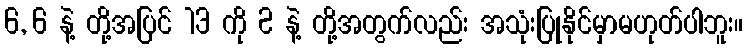
6, 6 နဲ့ တို့အပြင် 13 ကို 2 နဲ့ တို့အတွက်လည်း အသုံးပြုနိုင်မှာမဟုတ်ပါဘူး။